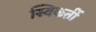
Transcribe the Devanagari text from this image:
स्विकर्ती